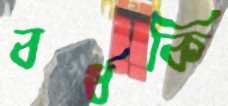
বর্ধকি